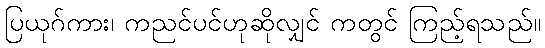
ပြယုဂ်ကား၊ ကညင်ပင်ဟုဆိုလျှင် ကတွင် ကြည့်ရသည်။